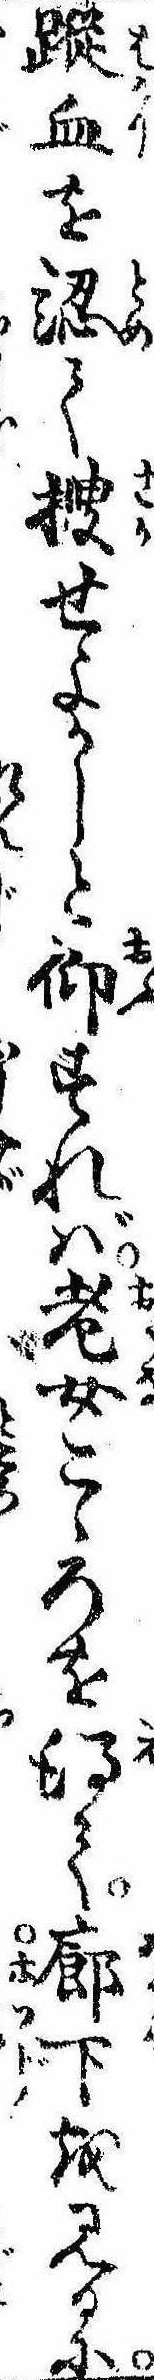
蹤血を認て捜せよかしと仰すれば老女こゝろを得て廊下を見るに